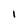
Character: i